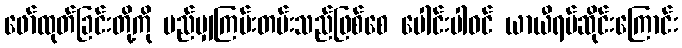
ဖော်ထုတ်ခြင်းတို့ကို မည်မျှကြမ်းတမ်းသည်ဖြစ်စေ ပေါင်းပါဝင် ယာယီရပ်ဆိုင်းကြောင်း